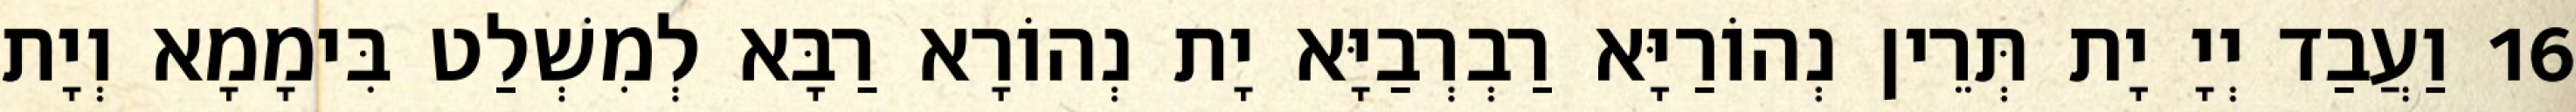
16 וַעֲבַד יְיָ יָת תְּרֵין נְהוֹרַיָּא רַבְרְבַיָּא יָת נְהוֹרָא רַבָּא לְמִשְׁלַט בִּימָמָא וְיָת